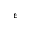
\epsilon